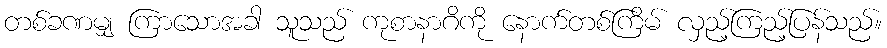
တစ်ခဏမျှ ကြာသောအခါ သူသည် ကုစာနာဂိကို နောက်တစ်ကြိမ် လှည့်ကြည့်ပြန်သည်။